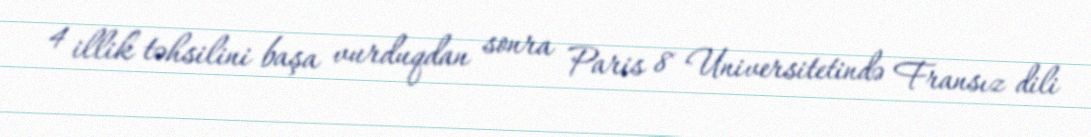
4 illik təhsilini başa vurduqdan sonra Paris 8 Universitetində Fransız dili